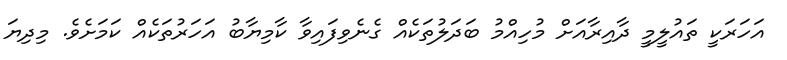
އަހަރަކީ ތައުލީމީ ދާއިރާއަށް މުހިއްމު ބަދަލުތަކެއް ގެނެވިފައިވާ ކާމިޔާބު އަހަރުތަކެއް ކަމަށެވެ. މިދިޔަ